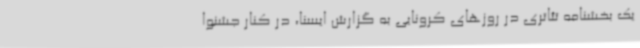
یک بخشنامه تئاتری در روزهای کرونایی به گزارش ایسنا، در کنار جشنوا